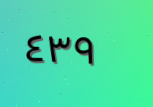
٤٣٩